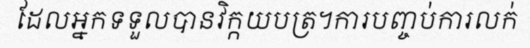
ដែលអ្នកទទួលបានវិក្កយបត្រ។ការបញ្ចប់ការលក់